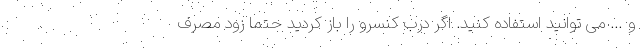
و … می توانید استفاده کنید. اگر درب کنسرو را باز کردید حتما زود مصرف